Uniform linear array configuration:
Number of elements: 12
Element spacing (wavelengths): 0.5
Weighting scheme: cosine
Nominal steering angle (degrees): -45
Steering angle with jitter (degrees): -44.524
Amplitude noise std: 0.05
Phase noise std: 0.05

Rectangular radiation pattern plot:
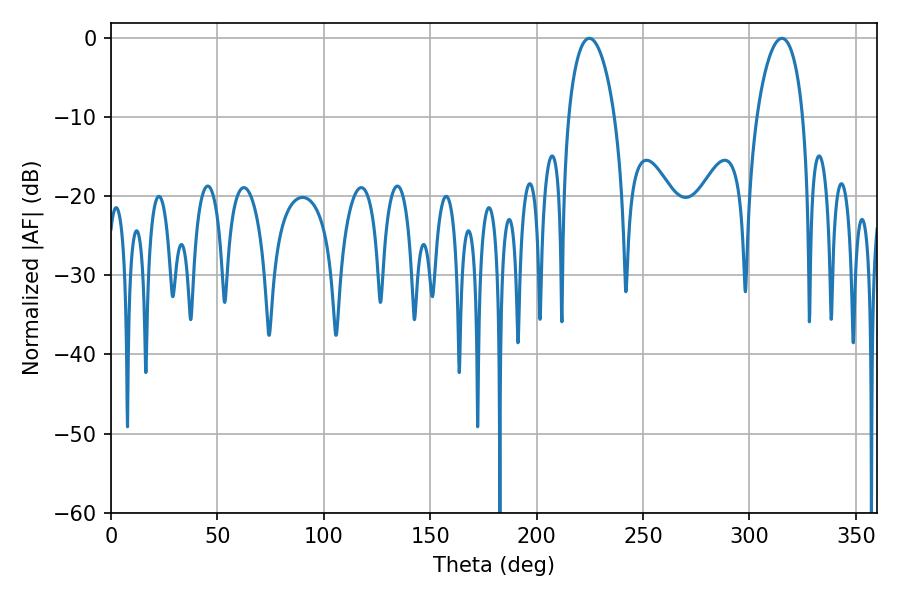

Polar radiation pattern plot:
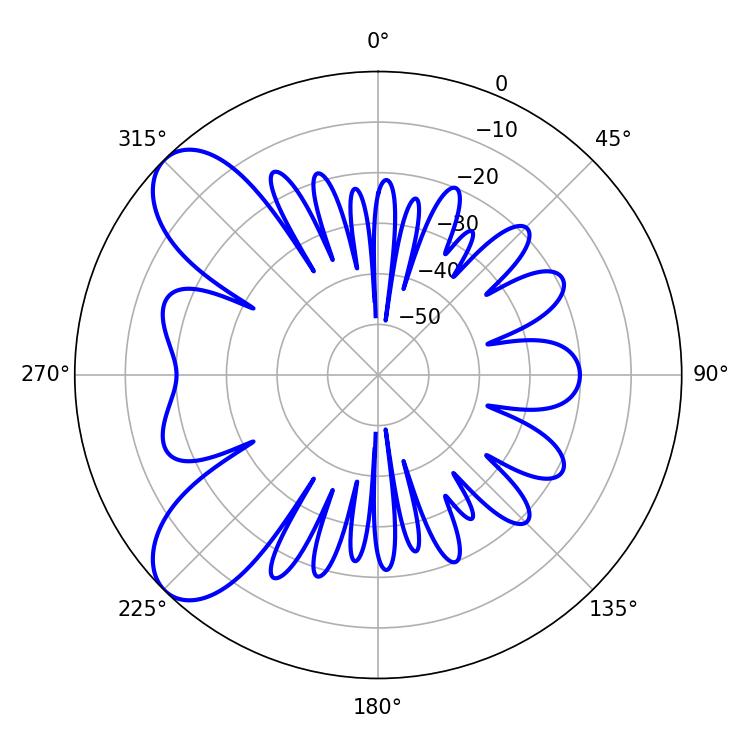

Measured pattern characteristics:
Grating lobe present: FALSE
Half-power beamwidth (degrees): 12.42
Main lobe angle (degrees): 315.18